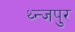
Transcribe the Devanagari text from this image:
थ्न्जपुर